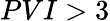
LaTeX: PVI>3